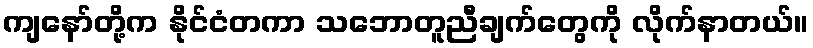
ကျနော်တို့က နိုင်ငံတကာ သဘောတူညီချက်တွေကို လိုက်နာတယ်။